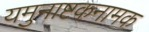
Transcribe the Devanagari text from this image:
यमुनाष्टकनामक